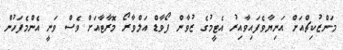
މަންޒުކިޗްއަށް އަނިޔާވެފައިވާއިރު އެޓީމުގެ ޒުވާން ފޯވާޑް އަލްވާރޯ މޮރާޓާއަށް ވެސް ވަނީ އެންމެފަހުން